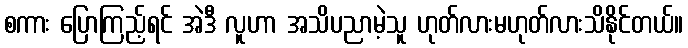
စကား ပြောကြည့်ရင် အဲဒီ လူဟာ အသိပညာမဲ့သူ ဟုတ်လားမဟုတ်လားသိနိုင်တယ်။